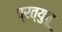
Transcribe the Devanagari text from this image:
प्रत्युचू